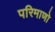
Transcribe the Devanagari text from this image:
परिमाणो